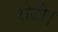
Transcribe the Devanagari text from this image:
रोटी।